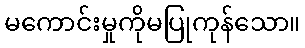
မကောင်းမှုကိုမပြုကုန်သော။